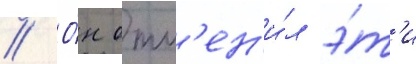
// О́н отм'ен'и́л э́т'и